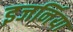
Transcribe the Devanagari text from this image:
इजर्निया